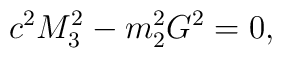
c^{2} M_{3}^{2} - m_{2}^{2} G^{2} = 0,